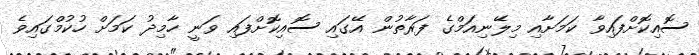
ސޮއިކޮށްފައިވާ ކަމަށާއި މިލޭނިއަމްގެ ފަރާތުން އޭގައި ސޮއިކޮށްފައި ވަނީ ހާމިދު ކަމަށް ހުކުމްގައިވެ